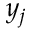
y _ { j }